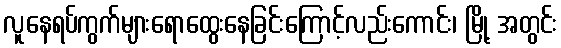
လူနေရပ်ကွက်များရောထွေးနေခြင်းကြောင့်လည်းကောင်း၊ မြို့ အတွင်း